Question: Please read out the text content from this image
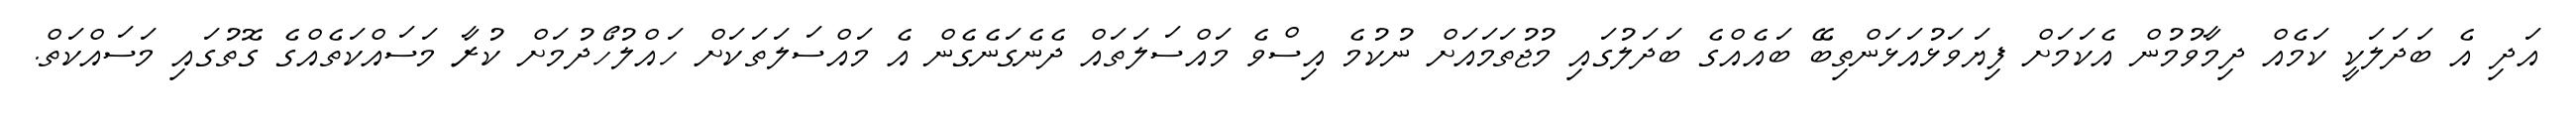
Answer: އަދި އެ ބަދަލަކީ ކަމެއް ދިމާވުމުން އެކަމަށް ފިޔަވަޅުއަޅަންތިބޭ ބައެއްގެ ބަދަލުގައި މުޖުތަމައަށް ނުކުމެ އިސްވެ މައްސަލަތައް ދެނެގަނެގެން އެ މައްސަލަތަކަށް ހައްލުހޯދުމަށް ކުރާ މަސައްކަތެއްގެ ގޮތުގައި މަސައްކަތް.